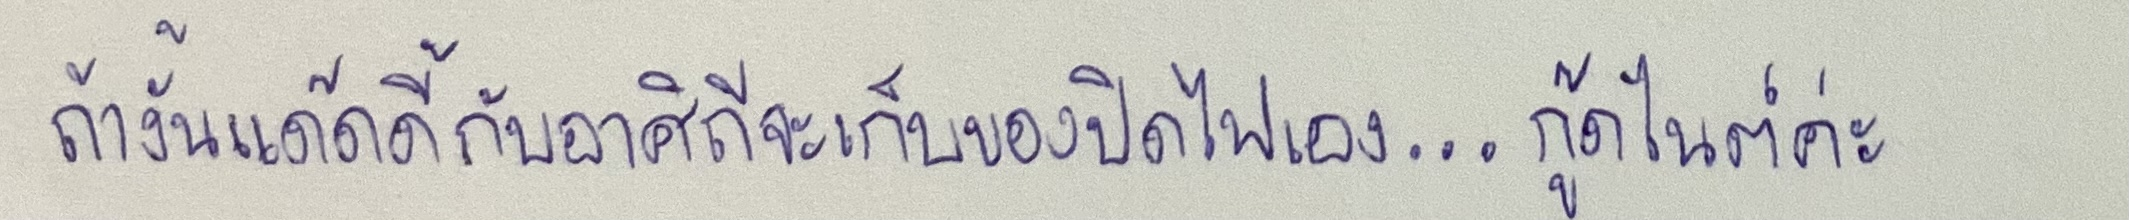
"ถ้างั้นแด๊ดดี้กับอาศิถีจะเก็บของปิดไฟเอง...กูดไนต์ค่ะ"